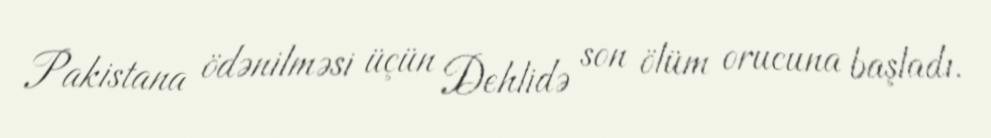
Pakistana ödənilməsi üçün Dehlidə son ölüm orucuna başladı.